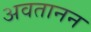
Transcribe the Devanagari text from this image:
अवतानन